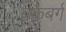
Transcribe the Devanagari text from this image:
बकबर्ग